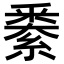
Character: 𨤙